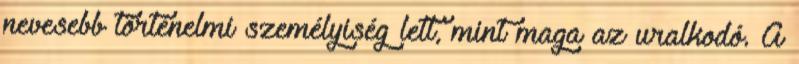
nevesebb történelmi személyiség lett, mint maga az uralkodó. A